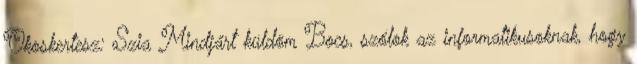
Okoskertesz: Szia Mindjárt küldöm Bocs, szólok az informatikusoknak, hogy